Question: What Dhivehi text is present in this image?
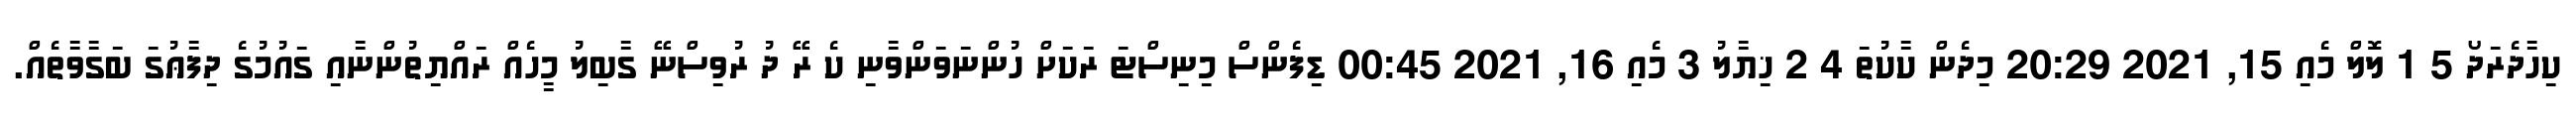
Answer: ކިހާދެރަދޯ 5 1 ލޮލް މެއި 15, 2021 20:29 މިދެން ކާކުތަ 4 2 ޚިޔާލު 3 މެއި 16, 2021 00:45 ޑިފެންސް މިނިސްޓަ ރަކަށް ހުންނަވަންވާނި ކެ ރޭ ދު ރުވިސްނޭ ގާބިލު މީހެއް ރައްޔިތުންނާއި ގައުމުގެ ދިފާޢުގަ ބަގާވާތެއް.